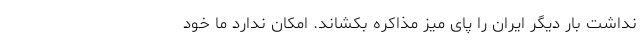
نداشت بار دیگر ایران را پای میز مذاکره بکشاند. امکان ندارد ما خود